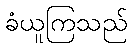
ခံယူကြသည်